Leaving Certificate Examination, 1903
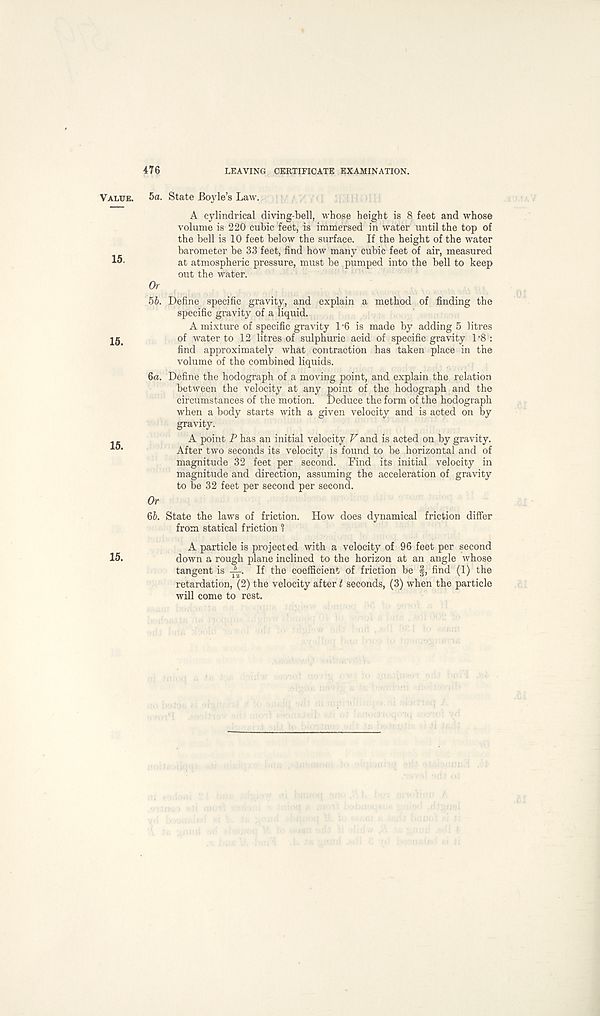
476
LEAVING CERTIFICATE EXAMINATION.
5a. State Boyle’s Law.
A cylindrical diving-bell, whose height is 8 feet and whose
volume is 220 cubic feet, is immersed in water until the top of
the bell is 10 feet below the surface. If the height of the water
barometer be 33 feet, find how many cubic feet of air, measured
at atmospheric pressure, must be pumped into the bell to keep
out the water.
Or
56. Define specific gravity, and explain a method of finding the
specific gravity of a liquid.
A mixture of specific gravity 1‘6 is made by adding 5 litres
of water to 12 litres of sulphuric acid of specific gravity 1-8:
find approximately what contraction has taken place in the
volume of the combined liquids.
ба. Define the hodograph of a moving point, and explain the relation
between the velocity at any point of the hodograph and the
circumstances of the motion. Deduce the form of the hodograph
when a body starts with a given velocity and is acted on by
gravity.
A point P has an initial velocity V and is acted on by gravity.
After two seconds its velocity is found to be horizontal and of
magnitude 32 feet per second. Find its initial velocity in
magnitude and direction, assuming the acceleration of gravity
to be 32 feet per second per second.
Or
бб. State the laws of friction. How does dynamical friction differ
from statical friction 1
A particle is projected with a velocity of 96 feet per second
down a rough plane inclined to the horizon at an angle whose
tangent is -A-. If the coefficient of friction be f, find (1) the
retardation, (2) the velocity after t seconds, (3) when the particle
will come to rest.